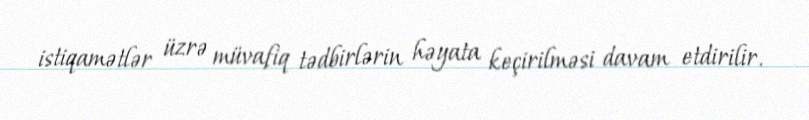
istiqamətlər üzrə müvafiq tədbirlərin həyata keçirilməsi davam etdirilir.